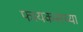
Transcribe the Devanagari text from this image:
फायकसच्या